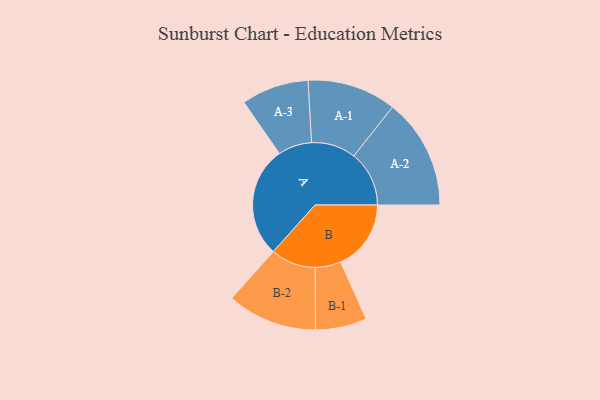
{"axis": {"x": "Segment", "y": "Value"}, "legend": ["", "A", "B"], "data": [{"x": "A", "y": 483, "type": ""}, {"x": "B", "y": 307, "type": ""}, {"x": "A-1", "y": 194, "type": "A"}, {"x": "A-2", "y": 241, "type": "A"}, {"x": "A-3", "y": 147, "type": "A"}, {"x": "B-1", "y": 112, "type": "B"}, {"x": "B-2", "y": 196, "type": "B"}]}